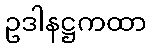
ဥဒါနဋ္ဌကထာ